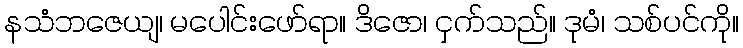
နသံဘဇေယျ၊ မပေါင်းဖော်ရာ။ ဒိဇော၊ ငှက်သည်။ ဒုမံ၊ သစ်ပင်ကို။